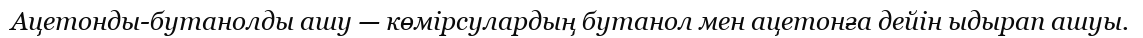
Ацетонды-бутанолды ашу — көмірсулардың бутанол мен ацетонға дейін ыдырап ашуы.